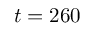
t = 2 6 0